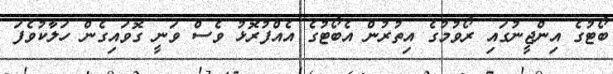
ބޯޓުގެ އިންޖީނުގައި ރޯވުމުގެ އިތުރުން އެބޯޓުގެ އެއްފުރޮޅު ވެސް ވަނީ ގޮވައިގެން ހަލާކުވެފަ